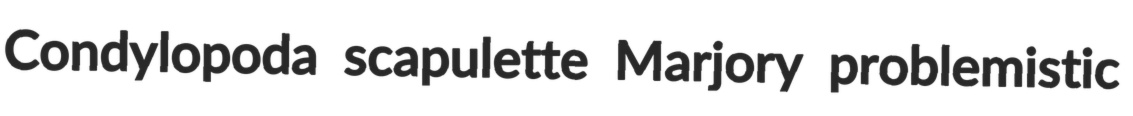
Condylopoda scapulette Marjory problemistic